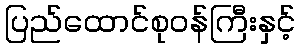
ပြည်ထောင်စုဝန်ကြီးနှင့်